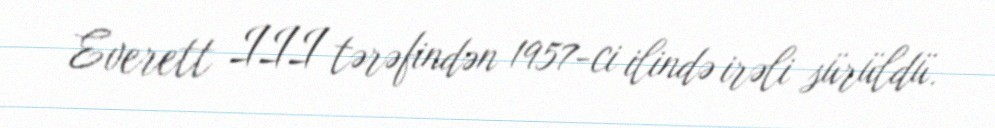
Everett III tərəfindən 1957-ci ilində irəli sürüldü.